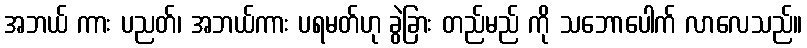
အဘယ် ကား ပညတ်၊ အဘယ်ကား ပရမတ်ဟု ခွဲခြား တည်မည် ကို သဘောပေါက် လာလေသည်။